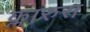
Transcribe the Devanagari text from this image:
क्लारुस